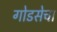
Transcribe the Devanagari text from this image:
गोडसेचा